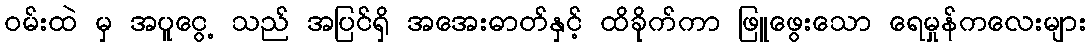
ဝမ်းထဲ မှ အပူငွေ့ သည် အပြင်ရှိ အအေးဓာတ်နှင့် ထိခိုက်ကာ ဖြူဖွေးသော ရေမှုန်ကလေးများ